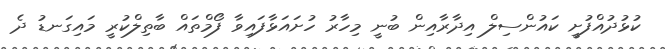
ކުޅުދުއްފުށީ ކައުންސިލް އިދާރާއިން ބުނީ މިހާރު ހުށައަޅާފައިވާ ފޯމްތައް ބާތިލްކުރީ މައިގަނޑު ދެ